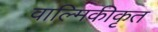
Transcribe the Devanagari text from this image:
वाल्मिकीकृत